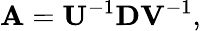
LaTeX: \textbf{A}=\textbf{U}^{-1}\textbf{D}\textbf{V}^{-1},